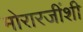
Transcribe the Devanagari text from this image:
मोरारजींशी